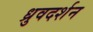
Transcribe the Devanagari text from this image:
ध्रुवदर्शन